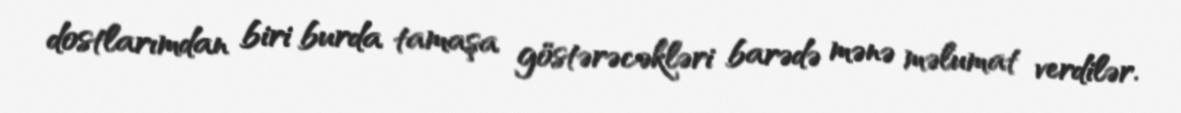
dostlarımdan biri burda tamaşa göstərəcəkləri barədə mənə məlumat verdilər.